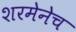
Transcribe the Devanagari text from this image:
शरमेनेच